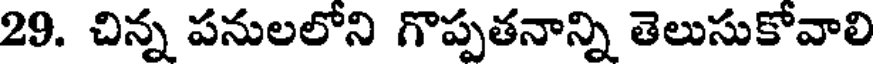
29. చిన్న పనులలోని గొప్పతనాన్ని తెలుసుకోవాలి